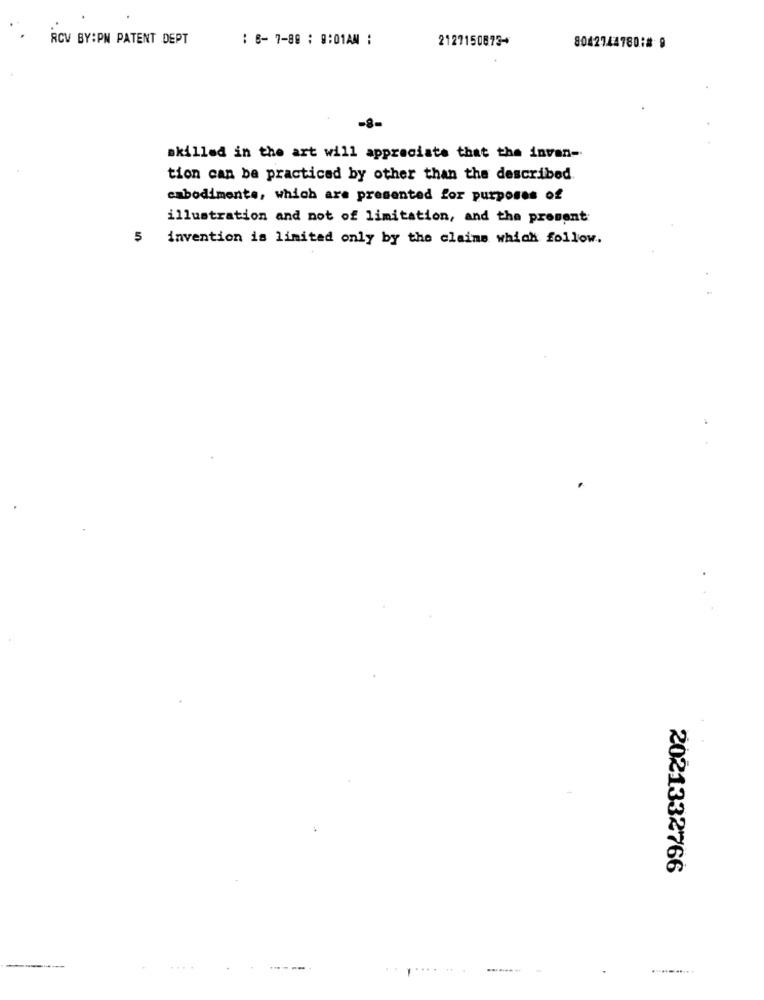
RCV BY:PN PATENT DEPT
: 6-7-80 : 0:01AM :
2127150873+
8042744780:# 9
-8-
skilled in the art will appreciate that the inven-
tion can be practiced by other than the described.
cabodimente, which are presented for purposes of
illustration and not of limitation, and the prosent:
5
invention is limited only by the claims which follow.
2021332766
----
.